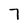
Character: 7